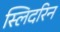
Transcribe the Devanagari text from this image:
स्लिदरिन